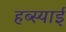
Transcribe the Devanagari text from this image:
हब्स्याई